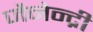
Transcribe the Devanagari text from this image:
जैनेन्द्री